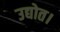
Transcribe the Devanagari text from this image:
उद्योत।